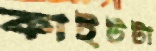
কাইটটা